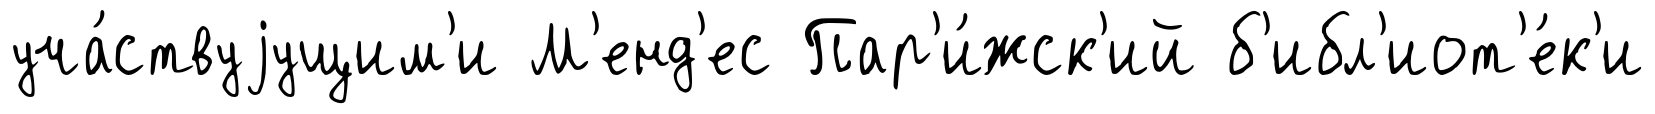
уча́ствуjущим'и М'енд'ес Пар'и́жск'ий б'ибл'иот'е́к'и